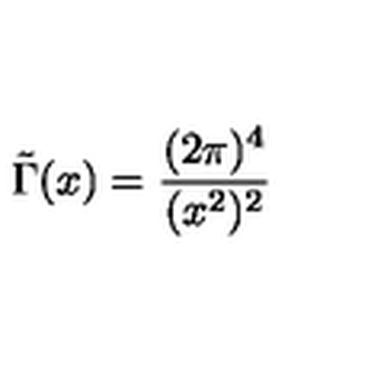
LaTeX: \tilde { \Gamma } ( x ) = \frac { ( 2 \pi ) ^ { 4 } } { ( x ^ { 2 } ) ^ { 2 } }